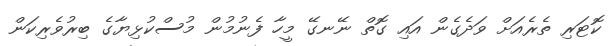
ކޮޓަރި ތެރެއަށް ވަދެގެން އައި ގޮތް ނޭނގޭ މީހާ ފެނުމުން މުސްކުޅިޔާގެ ބިރުވެރިކަން